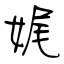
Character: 娓